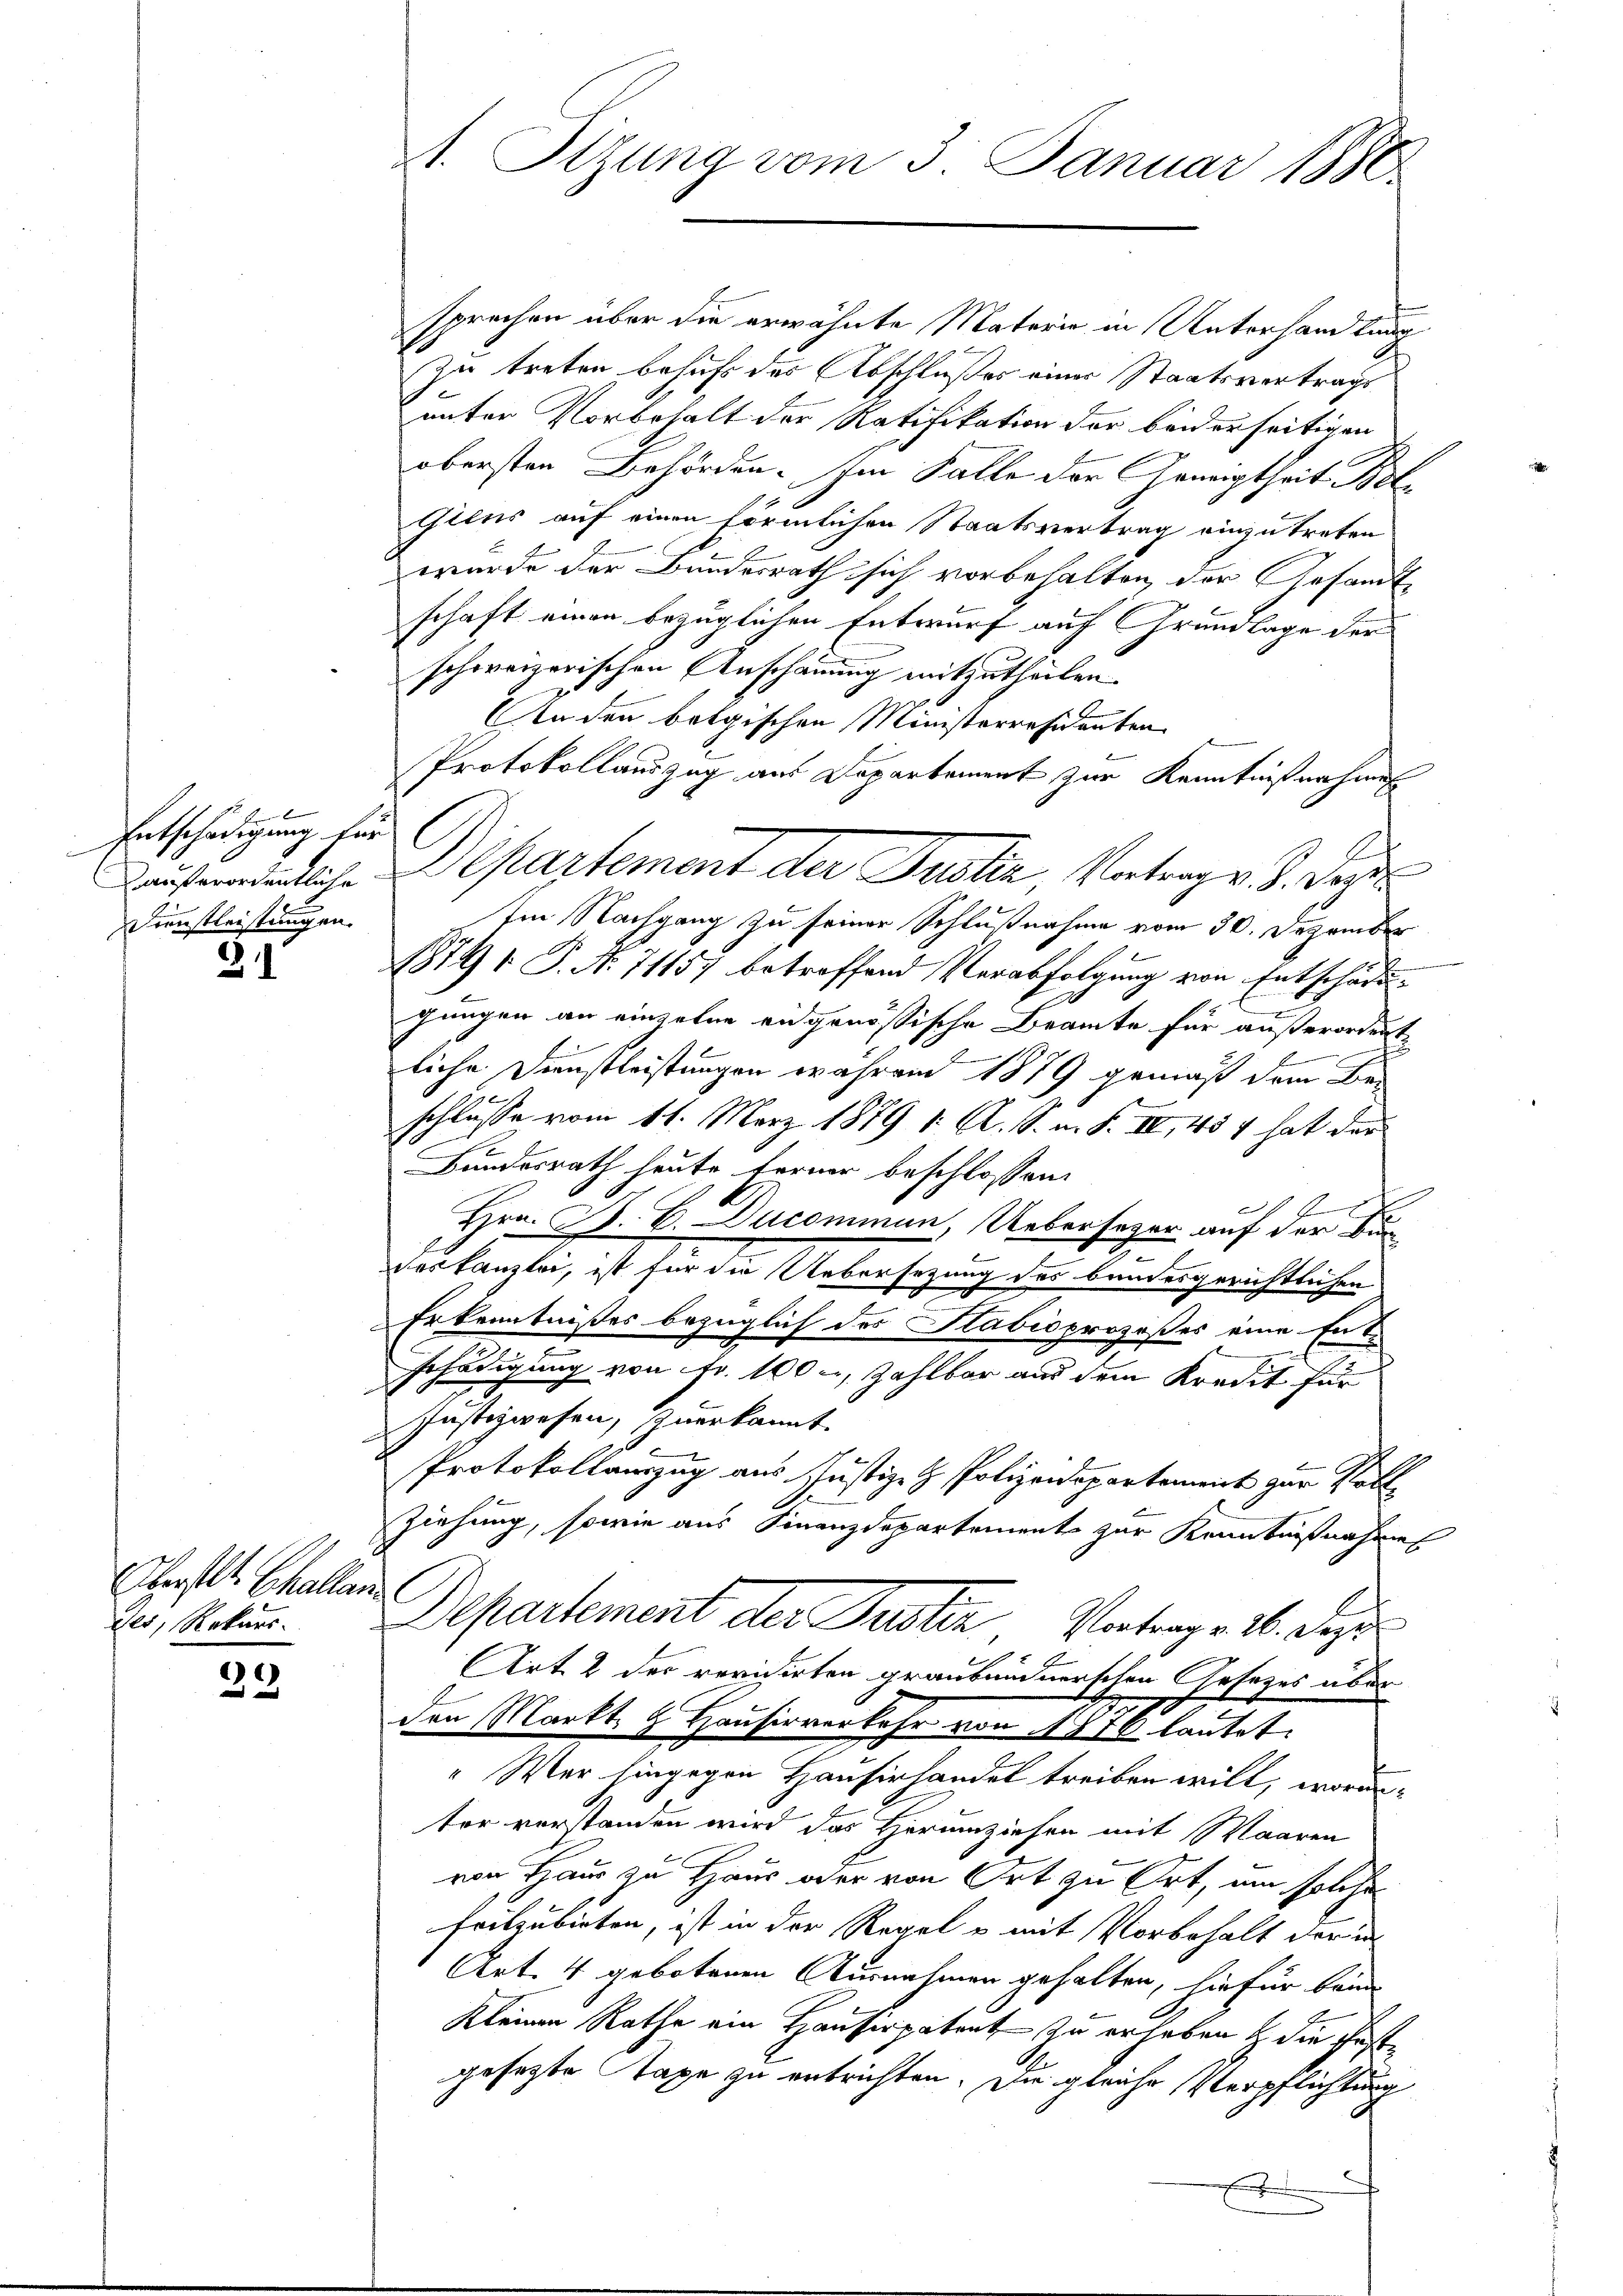
Entschädigung für
Dienstleistungen.

31

Oberstet. Schallen
des, Rekurs.

39

sprechen über die erwähnte Materie in Unterhandlung
zu treten behufs des Abschlußes einer Staatsvertrags
unter Vorbehalt der Ratifikation der beiderseitigen
obersten Behörden. Im Falle der Geneigtheit. Bol-
Giens auf einen förmlichen Staatsvertrag einzutreten
wurde der Bundesrath sich vorbehalten, der Gesandtschaft einen bezüglichen Entwurf auf Grundlage der
schweizerischen Anschauung mitzutheilen.
n den belgischen Ministerresidenten
Protokollauszug aus Departement zur Kenntnißenhaus
Im Nachgang zu seiner Schlußnahme vom 30. Dezember

1874 1 P. Nr. 71157 betreffend Verabfolgung von Entschädigungen an einzelne eidgenössische Beamte für außerordnet
liche Dienstleistungen während 1879 gemäß dem Beschlusse vom 11. März 1879 1. A. S. m. S. IV, 454 hat der
Bundesrath heute Ferner beschlossen:
2.
Hrn. P. C. Ducommen. Ueberseher auf der Bun¬
.
des Kanzlei, ist für die Uebersezung des bundesgerichtlichen
Erkenntnißes bezüglich des Stabisprozeßes eine Entschädigung von Fr. 100, Zahlbar aus dem Kredit für
Justizwesen, zuerkannt.
Protokollauszug aus Justiz- & Polizeidepartement zur Voll¬
Ziehung, sowie aus Finanzdepartements zur Kenntnißnahmen
Departement der Puster Vortrag. 16. Deze
Art. 2 der revidirten graubündnerschen Gesetzes über
den Markt H. Hausirverkehr von 1876 lautet.
"Wer hingegen Hausirhandel treiben will, worau
ter verstanden wird das Herumziehen mit Waaren
von Haus zu Haus oder von Ort zu Ort, um solche
frilzubieten, ist in der Regel u mit Vorbehalt der in
Art. 4 gebotenen Ausnahmen gehalten, hiefür beid
Kleinen Rathe ein Hausirpatent zu erhaben & die Festgesetzte Taxe zu erbrichten. Die gleiche Verpflichtung
.

A. Sitzung vom 3. Januar 1880

Lauferndentliche Departement der Justiz, Vortrag v. J. Ver